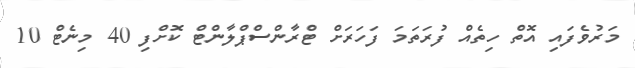
މަރުވެފައި އޮތް ހިތެއް ފުރަތަމަ ފަހަރަށް ޓްރާންސްޕްލާންޓް ކޮށްފި 40 މިނެޓް 10